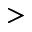
>